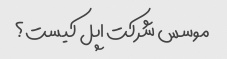
موسس شرکت اپل کیست؟